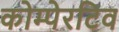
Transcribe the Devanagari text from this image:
कोम्पेरटिव